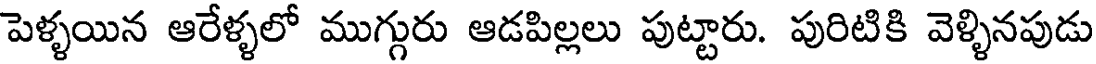
పెళ్ళయిన ఆరేళ్ళలో ముగ్గురు ఆడపిల్లలు పుట్టారు. పురిటికి వెళ్ళినపుడు